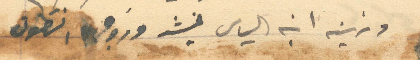
وزينه ابنه الياس غيث وزوجها انطون